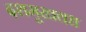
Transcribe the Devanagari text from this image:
दशमुखवध